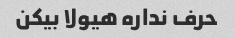
حرف نداره هیولا بیکن